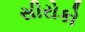
સીરોકો